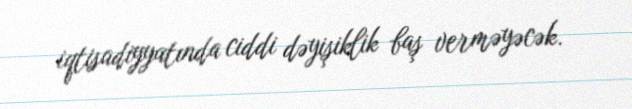
iqtisadiyyatında ciddi dəyişiklik baş verməyəcək.